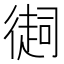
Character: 𢕳